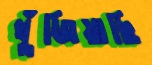
খুঁজিয়াছি